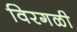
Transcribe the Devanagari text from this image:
विरगळी